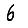
Digit: 6